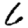
Digit: 6